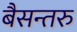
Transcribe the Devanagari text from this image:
बैसन्तरु